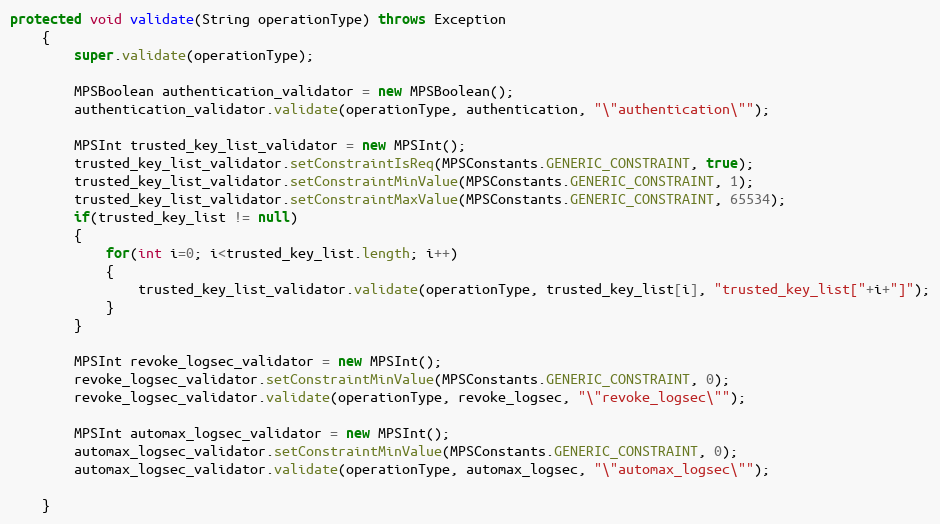
Language: Java
protected void validate(String operationType) throws Exception
	{
		super.validate(operationType);

		MPSBoolean authentication_validator = new MPSBoolean();
		authentication_validator.validate(operationType, authentication, "\"authentication\"");

		MPSInt trusted_key_list_validator = new MPSInt();
		trusted_key_list_validator.setConstraintIsReq(MPSConstants.GENERIC_CONSTRAINT, true);
		trusted_key_list_validator.setConstraintMinValue(MPSConstants.GENERIC_CONSTRAINT, 1);
		trusted_key_list_validator.setConstraintMaxValue(MPSConstants.GENERIC_CONSTRAINT, 65534);
		if(trusted_key_list != null)
		{
			for(int i=0; i<trusted_key_list.length; i++)
			{
				trusted_key_list_validator.validate(operationType, trusted_key_list[i], "trusted_key_list["+i+"]");
			}
		}

		MPSInt revoke_logsec_validator = new MPSInt();
		revoke_logsec_validator.setConstraintMinValue(MPSConstants.GENERIC_CONSTRAINT, 0);
		revoke_logsec_validator.validate(operationType, revoke_logsec, "\"revoke_logsec\"");

		MPSInt automax_logsec_validator = new MPSInt();
		automax_logsec_validator.setConstraintMinValue(MPSConstants.GENERIC_CONSTRAINT, 0);
		automax_logsec_validator.validate(operationType, automax_logsec, "\"automax_logsec\"");

	}